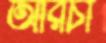
আরচা